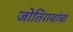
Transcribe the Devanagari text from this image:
जोतिरावांचा